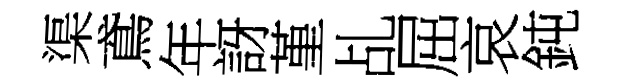
渠鳶年訝堇乩屈哀鈍